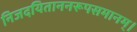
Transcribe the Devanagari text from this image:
निजदयिताननरूपसमानम्।